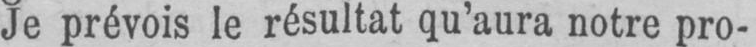
Je prévois le résultat qu’aura notre pro-